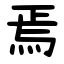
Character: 焉